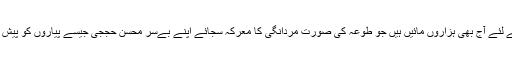
لیکن جس طرح کل طوعہ آگے بڑھی تھی دفاع ولایت کے لئے آج بھی ہزاروں مائیں ہیں جو طوعہ کی صورت مردانگی کا معرکہ سجائے اپنے بےسر محسن حججی جیسے پیاروں کو پیش کر رہی ہیں کہ کل مسلم تنہا رہ گیا لیکن آج نہیں رہے گا۔